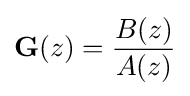
\mathbf {G} (z)={\frac {B(z)}{A(z)}}